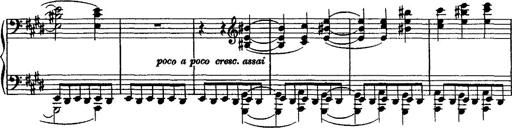
Title: Valse mÃ©lancolique
Composer: Paul Vidal
Key: F-sharp minor